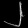
Digit: ၂